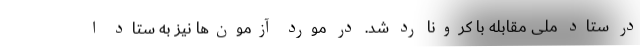
در ستاد ملی مقابله با کرونا رد شد. در مورد آزمون‌ها نیز به ستاد ا